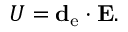
U = \mathbf { d } _ { \mathrm { { e } } } \cdot \mathbf { E } .